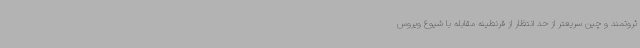
ثروتمند و چین سریعتر از حد انتظار از قرنطینه مقابله با شیوع ویروس